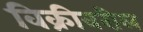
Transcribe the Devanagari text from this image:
विक्रीवरील